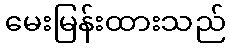
မေးမြန်းထားသည်